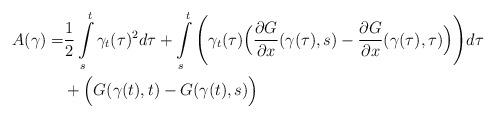
LaTeX: \begin{align*} A(\gamma) =& \frac{1}{2} \int\limits_{s}^{t}{\gamma_t(\tau)^2 d \tau}+\int\limits_{s}^{t} { \Bigg( \gamma_t(\tau) \Big(\frac{\partial G}{\partial x}(\gamma(\tau),s)-\frac{\partial G}{\partial x}(\gamma(\tau),\tau) \Big) \Bigg) d \tau }\\ &+ \Big( G(\gamma(t),t)-G(\gamma(t),s) \Big)\end{align*}